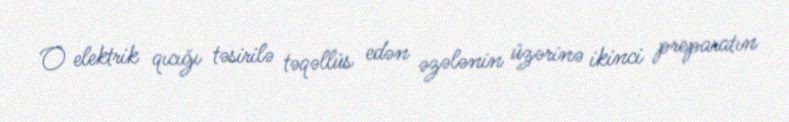
O elektrik qıcığı təsirilə təqəllüs edən əzələnin üzərinə ikinci preparatın